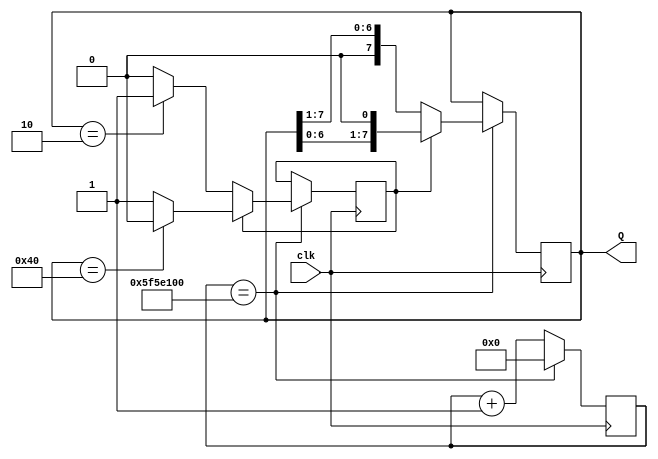
module rebotin  (
    clk,
    Q
);

    output [7:0] Q;
    input clk;

    parameter cycles_per_second = 100000000;

    reg [32:0] divider;
    reg [7:0] Q = 8'b00000001;
    reg [0:0] state = 1'b1;


    always @(posedge clk) begin
       if (divider == cycles_per_second)
         begin
            divider <= 0;
            // Q <= Q + 8'd1;
	    if (state == 1'b1) begin
	    	Q <= Q << 1;
		if(Q == 8'b01000000) state <= 1'b0;
	    end else begin
		Q <= Q >> 1;
		if(Q == 8'b00000010) state <= 1'b1;
	    end 
         end
       else  divider <= divider + 1;
    end


endmodule